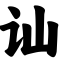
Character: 讪